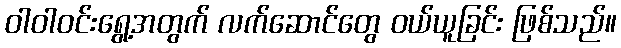
ဝါဝါဝင်းရွေ့အတွက် လက်ဆောင်တွေ ဝယ်ယူခြင်း ဖြစ်သည်။